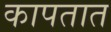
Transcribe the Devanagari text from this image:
कापतात